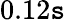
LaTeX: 0.12\mathtt{s}